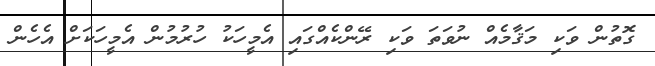
ގޮތުން ވަކި މަޤާމެއް ނުވަތަ ވަކި ރޭންކެއްގައި އެމީހަކު ހުރުމުން އެމީހަކަށް އެހެން